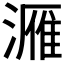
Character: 𮳔